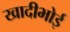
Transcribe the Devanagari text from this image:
खादीभोई